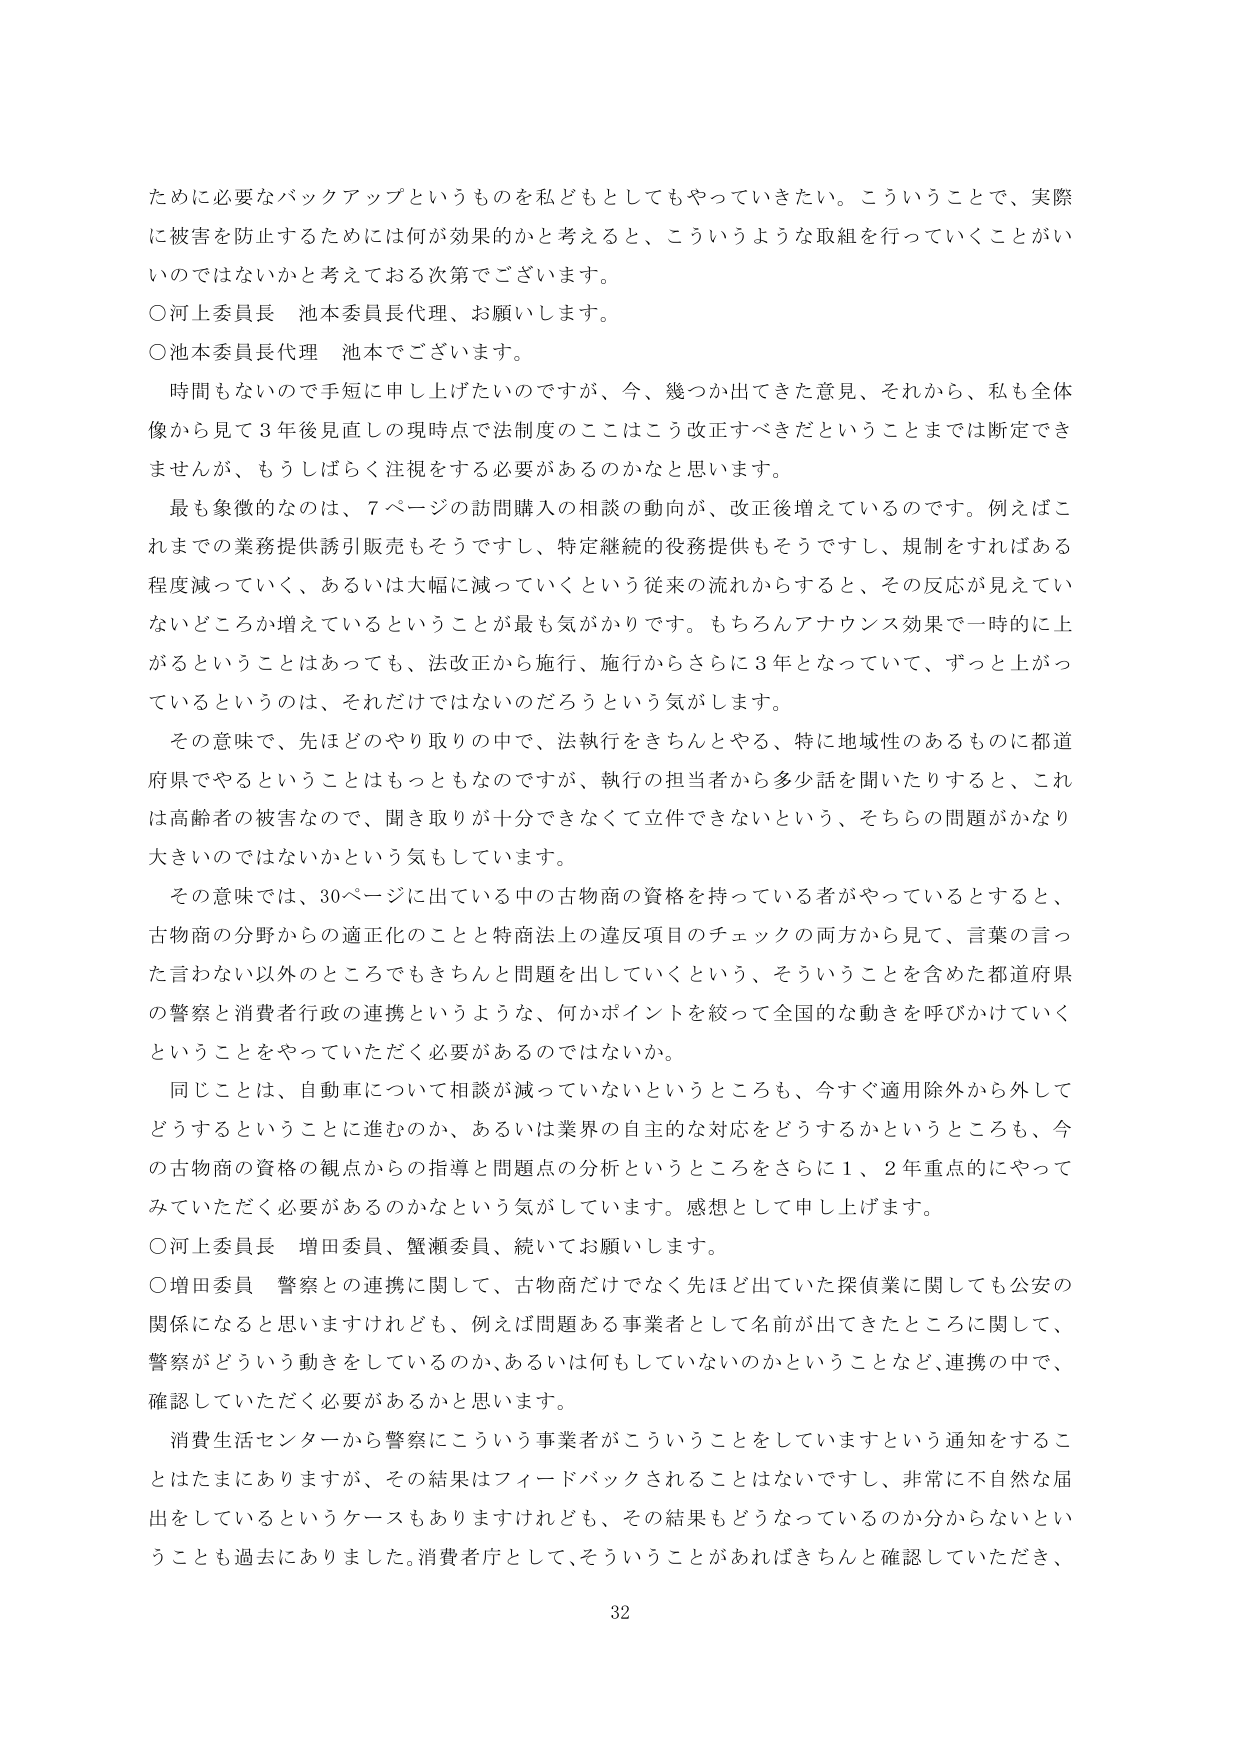
ために必要なバックアップというものを私どもとしてもやっていきたい。こういうことで、実際に被害を防止するためには何が効果的かと考えると、こういうような取組を行っていくことがいいのではないかと考えておる次第でございます。

○河上委員長 池本委員長代理、お願いします。

○池本委員長代理 池本でございます。

時間もないので手短に申し上げたいのですが、今、幾つか出てきた意見、それから、私も全体像から見て３年後見直しの現時点では法制度のここはこう改正すべきだということまでは断定できませんが、もうしばらく注視をする必要があるのかなと思います。

最も象徴的なのは、７ページの訪問購入の相談の動向が、改正後増えているのです。例えばこれまでの業務提供誘引販売もそうですし、特定継続的役務提供もそうですし、規制をすればある程度減っていく、あるいは大幅に減っていくという従来の流れからすると、その反応が見えていないどころか増えているということが最も気がかりです。もちろんアナウンス効果で一時的に上がるということはあっても、法改正から施行、施行からさらに３年となっていて、ずっと上がっているというのは、それだけではないのだろうという気がします。

その意味で、先ほどのやり取りの中で、法執行をきちんとやる、特に地域性のあるものに都道府県でやるということはもっともなのですが、執行の担当者から多少話を聞いたりすると、これは高齢者の被害なので、聞き取りが十分できなくて立件できないという、そちらの問題がかなり大きいのではないかという気もしています。

その意味では、30ページに出ていている中の古物商の資格を持っている者がやっているとすると、古物商の分野からの適正化のことと特商法上の違反項目のチェックの両方から見て、言葉の言った言わない以外のところでもきちんと問題を出していこうという、そういうことを含めた都道府県の警察と消費者行政の連携というような、何かポイントを絞って全国的な動きを呼びかけていくということをやっていただく必要があるのではないか。

同じことは、自動車について相談が減っていないというところも、今すぐ適用除外から外してどうするということに進むのか、あるいは業界の自主的な対応をどうするかというところも、今の古物商の資格の観点からの指導と問題点の分析というところをさらに１、２年重点的にやってみていただく必要があるのかなという気がしています。感想として申し上げます。

○河上委員長 増田委員、蟹瀬委員、続いてお願いします。

○増田委員 警察との連携に関して、古物商だけでなく先ほど出ていた探偵業に関しても公安の関係になると思いますけれども、例えば問題ある事業者として名前が出てきたところに関して、警察がどういう動きをしているのか、あるいは何もしていないのかということなど、連携の中で、確認していただく必要があるかと思います。

消費生活センターから警察にこういう事業者がこういうことをしていますという通知をすることはたまにありますが、その結果はフィードバックされることはないですし、非常に不自然な届出をしているというケースもありますけれども、その結果もどうなっているのか分からないということも過去にありました。消費者庁として、そういうことがあればきちんと確認していただき、

32